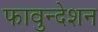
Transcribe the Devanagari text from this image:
फावुन्देशन